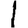
Digit: 1